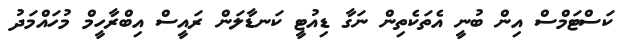
ކަސްޓަމްސް އިން ބުނީ އެތަކެތިން ނަގާ ޑިއުޓީ ކަނޑާލަން ރައީސް އިބްރާހީމް މުހައްމަދު